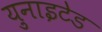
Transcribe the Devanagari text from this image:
य़ुनाइटेड